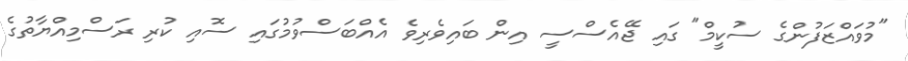
"މުވައްޒަފުންގެ ސުކީމް" ގައި ޖޭއެސްސީ އިން ބައިވެރިވެ އެއްބަސްވުމުގައި ސޮއި ކުރި ރަސްމިއްޔާތުގެ